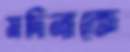
মদিনাকে